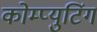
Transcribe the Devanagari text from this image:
कोम्प्युटिंग